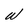
Character: W